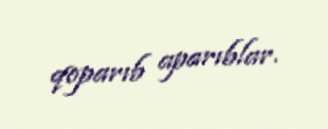
qoparıb aparıblar.